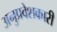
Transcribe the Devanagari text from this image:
अनुप्रवेशकारी